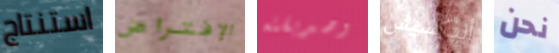
استنتاج الإفتراض وصديقته أليكسيس نحن